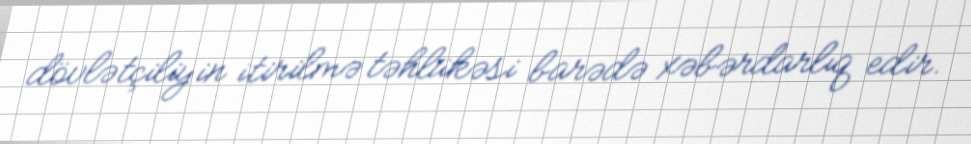
dövlətçiliyin itirilmə təhlükəsi barədə xəbərdarlıq edir.